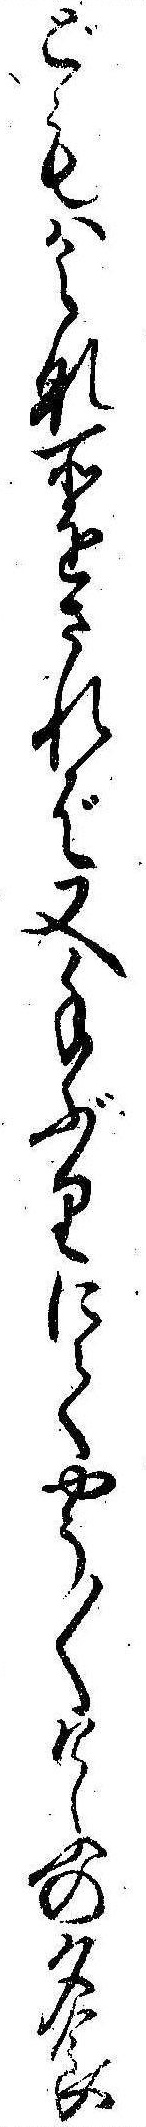
どもはみな所をされば又手ぶりにてやう〱けふの夕食